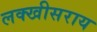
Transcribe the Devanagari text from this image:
लक्खीसराय